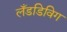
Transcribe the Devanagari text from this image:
लँडडिविग